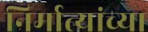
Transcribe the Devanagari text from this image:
निर्मात्यांच्या